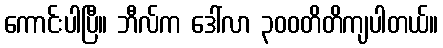
ကောင်းပါပြီ။ ဘီလ်က ဒေါ်လာ ၃၀၀တိတိကျပါတယ်။